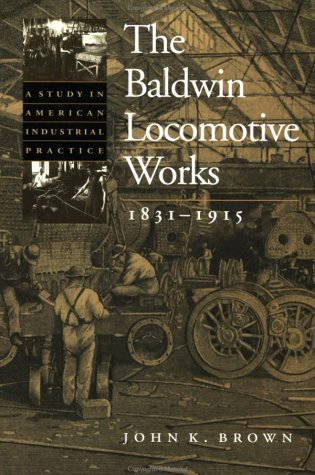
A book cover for The Baldwin Locomotive Works, 1831-1915: A Study in American Industrial Practice (Studies in Industry and Society); John K. Brown; Law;